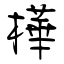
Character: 樺